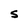
Character: S